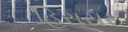
હિરાસર